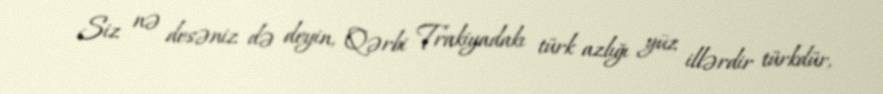
Siz nə desəniz də deyin, Qərbi Trakiyadakı türk azlığı yüz illərdir türkdür,